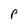
Character: P